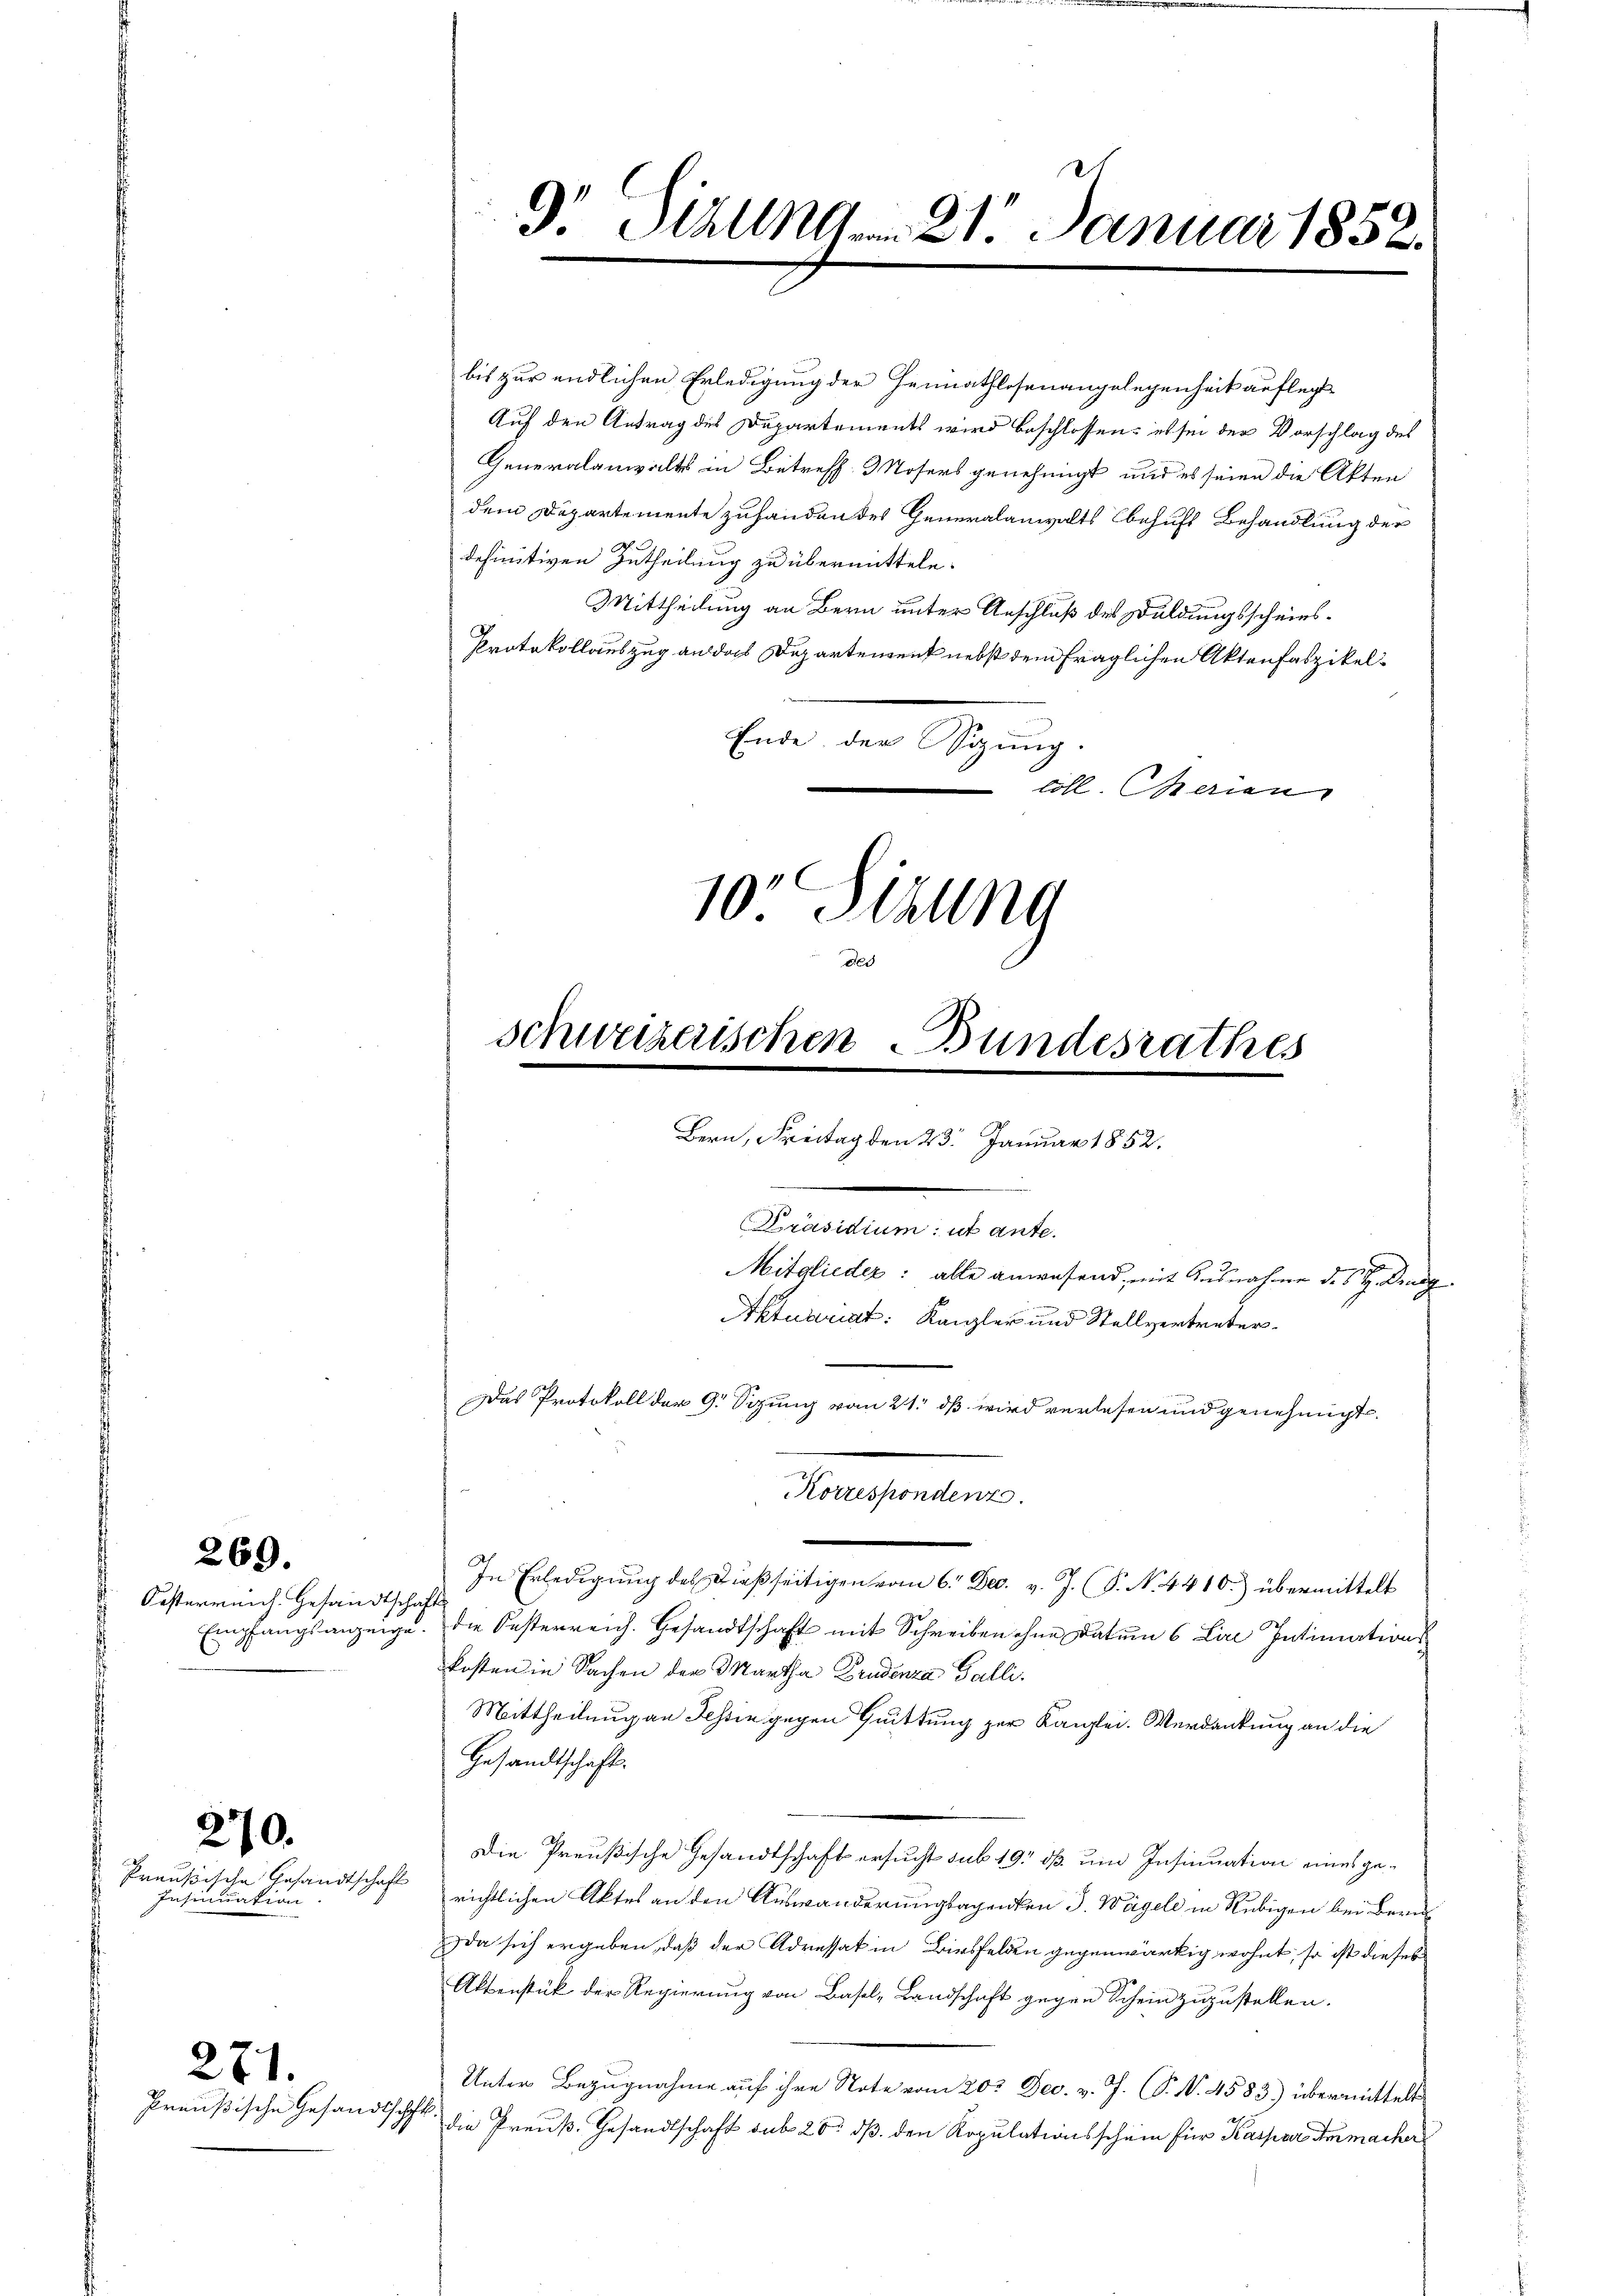
Oesterreich. Gesandtschafts

269.

Preussische Gesandtschaft
Insinuation.

270.

271.

Preußische Gesandtschafts

bis zur endlichen Erledigung der Heimathlosenangelegenheit auflegt
Auf den Antrag des Departements wird beschlossen: es sei der Vorschlag des
Generalanwalts in Betreff Mosers genehmigt, und es seien die Akten
dem Departemente zuhanden des Generalanwalts behufs Behandlung der
definitiven Zutheilung zu übermitteln.
Mittheilung an Bern unter Anschluß des Duldungsscheins¬
Protokollauszug an das Departement nebst dem fraglichen Aktenfaszikel¬
Ende der gung.
coll. Marien
10 Sizung

9. Stallem 21. Januar 1852.

Bern, Freitag den 23. Januar 1852.
Präsidium ut ante.
Mitglieder: alle anwesend, mit Ausnahme des H. Landg
Aktuariat: Kanzler und Stellvertreters¬
Das Protokoll der G. Sizung vom 21. dß wird verlesen und genehmigt.

des
schweizerischen Bundesrathes

In Erledigung des dießseitigen vom 6. Dec. v. J. (T. N. 4410.) übermittelt
Empfangsanzeige. Die Oesterreich. Gesandtschaft mit Schreiben ohne Datum 6 Lire Intimationskosten in Sachen der Martha Brudenza Galli.
Mittheilung an Teßin gegen Quittung zur Kanzlei. Verdankung an die
Gesandtschaft.
Die Preußische Gesandtschaft ersucht sub 19, dß um Insinuation eines gerichtlichen Aktes an den Auswanderungsachenkten J. Wägeli in Rubigen bei Beruf
da sich ergeben, daß der Adressat in Birsfelden gegenwärtig wohnt, so ist dieses
Aktenstück der Regierung von Basel-Landschaft gegen Scheinzuzustellen.
Unter Bezugnahme auf ihre Note vom 20. Dec. v. J. P. N. 4583) übermittelt
die Preuß. Gesandtschaft sub 20. dß den Kopulationsschein für Kaspar Ammacher

Korrespondenz